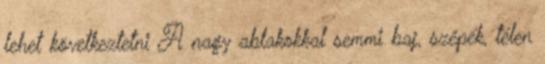
lehet következtetni A nagy ablakokkal semmi baj, szépek, télen